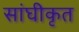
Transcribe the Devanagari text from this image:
सांघीकृत